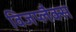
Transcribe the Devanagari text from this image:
विजप्लैक्स